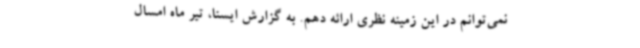
نمی‌توانم در این زمینه نظری ارائه دهم. به گزارش ایسنا، تیر ماه امسال